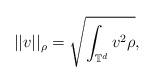
LaTeX: \begin{align*}{||v||_\rho}=\sqrt{\int_{\mathbb{T}^d}v^2\rho},\end{align*}